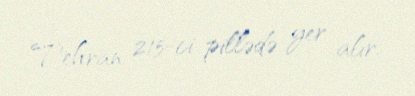
Tehran 215-ci pillədə yer alır.